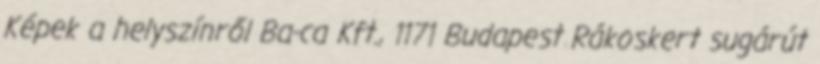
Képek a helyszínről Ba-ca Kft., 1171 Budapest Rákoskert sugárút